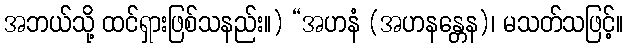
အဘယ်သို့ ထင်ရှားဖြစ်သနည်း။) “အဟနံ (အဟနန္တေန)၊ မသတ်သဖြင့်။